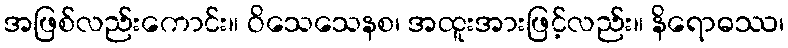
အဖြစ်လည်းကောင်း။ ဝိသေသေနစ၊ အထူးအားဖြင့်လည်း။ နိရောဓဿ၊